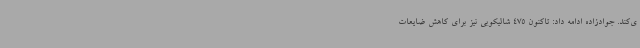
ی‌کند. جوادزاده ادامه داد: تاکنون 475 شالیکوبی نیز برای کاهش ضایعات